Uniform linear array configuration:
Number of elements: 64
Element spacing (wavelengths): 0.5
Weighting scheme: hann
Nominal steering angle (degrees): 0
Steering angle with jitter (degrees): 1.151
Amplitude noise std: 0.05
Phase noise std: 0.05

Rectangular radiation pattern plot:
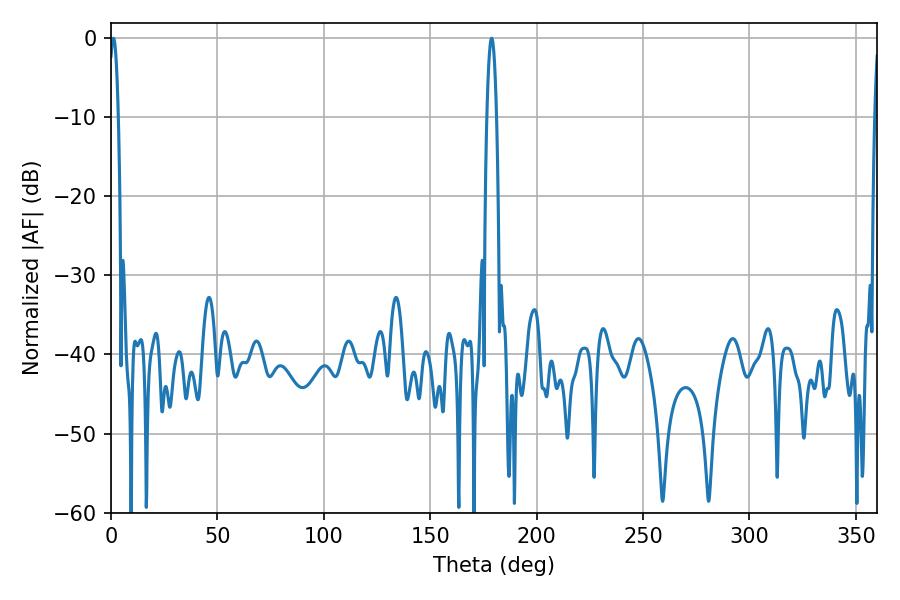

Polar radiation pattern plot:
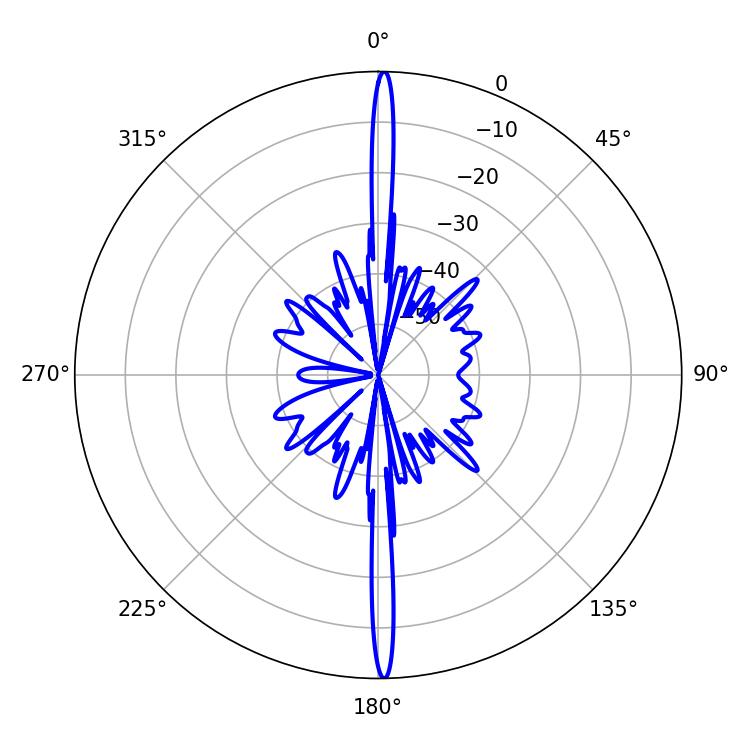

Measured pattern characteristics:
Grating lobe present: FALSE
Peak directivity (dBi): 30.101
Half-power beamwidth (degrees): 2.34
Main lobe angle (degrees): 1.08